Medical and sanitary report of the native army of Madras for the year
Year: 1876
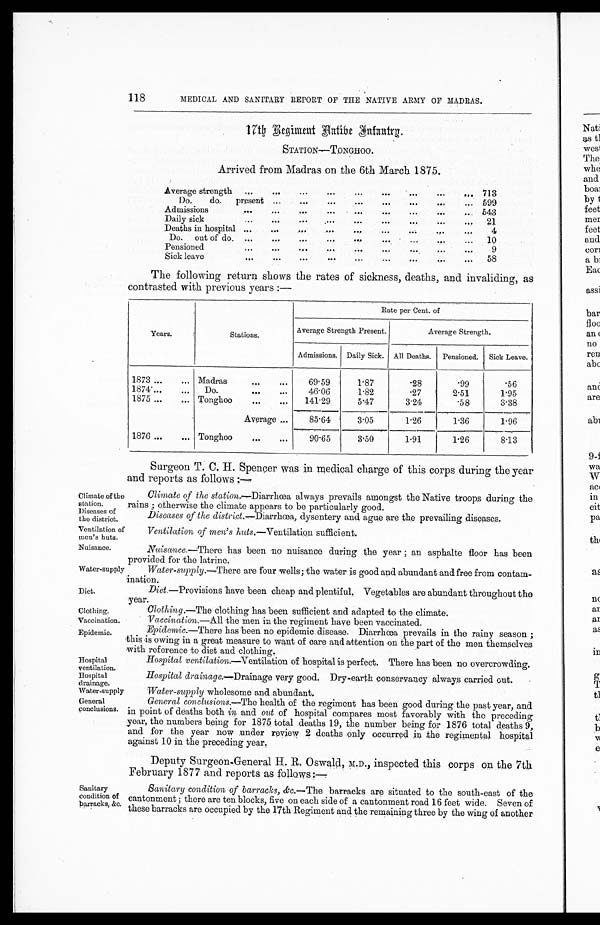
Climate of the s t a t i o n
Diseases of
the district.
Ventilation of
men's huts.
Nuisance.
Diet.
Clothing.
Vacci-nation,
Epidemic.
Hospital
ventilation.
hospital
Water-supply
General
conclusions.
118
MEDICAL AND SANITARY REPORT OF THE NATIVE ARMY OF MADRAS.
17th Regiment Native Infantry.
STATION—TONGHOO.
Arrived from Madras on the 6th March 1875.
Average strength
. . .
. . .
. . .
. . .
. . .
. . .
. . .
. . .
. . .
713
Do.
do..
present
. . .
. . .
. . .
. . .
. . .
. . .
. . .
. . .
599
Admissions
. . .
. . .
. . .
. . .
. . .
. . .
. . .
. . .
. . .
543
Daily sick
. . .
. . .
. . .
. . .
. . .
. . .
. . .
. . .
. . .
21
Deaths in hospital
. . .
. . .
. . .
. . .
. . .
. . .
. . .
. . .
. . .
4
Do. out of do.
. . .
. . .
. . .
. . .
. . .
. . .
. . .
. . .
. . .
10
Pensioned
. . .
. . .
. . .
. . .
. . .
. . .
. . .
. . .
. . .
9
Sick leave
. . .
. . .
. . .
. . .
. . .
. . .
. . .
. . .
. . .
58
The following return shows the rates of sickness, deaths, and invaliding, as
contrasted with previous years :—
Years.
Stations.
Rate per Cent. of
Average Strength Present.
Average Strength.
Admissions. Daily Sick. All Deaths. Pensioned. Sick Leave.
1873... ...
... Madras
... ...
6 9 . 5 9 1.87
. 2 8 .99
. 5 6
1874...
... ...
Do.
... ...
46.06
1.82
.27
2.51
1 . 9 5
1875...
...
... Tonghoo
... ...
141.29
5 . 4 7 3.24
.58
3 . 3 8
Average
...
8 5 . 6 4 3.05
1.26
1 . 3 6 1.96
1876... ...
... Tonghoo
...
...
90.65
3.50
1.91
1.26
8.13
Surgeon T. C. H. Spencer was in medical charge of this corps during the year
and reports as follows
Climate of the station.—Diarrhœa always prevails amongst the Native troops during the
rains ; otherwise the climate appears to be particularly good.
Diseases of the district.—Diarrhœa, dysentery and ague are the prevailing diseases.
Ventilation of men's huts.— Ventilation sufficient .
Nuisance.—There has been no nuisance during the year ; an asphalte floor has been
provided for the latrine.
Water-supply
Water-supply.—There are four -wells ; the water is good and abundant and free from contam-
ination.
Diet—Provisions have been cheap and plentiful. Vegetables are abundant throughout the
year.
Clothing. —The clothing has been sufficient and adapted to the climate.
Vaccination.—All the men in the regiment have been vaccinated.
Epidemic.—There has been no epidemic disease. Diarrhœa prevails in the rainy season ;
this is owing in a great measure to want of care and attention on the part of the men themselves
with reference to diet and clothing.
Hospital ventilation.—Ventilaion of hospital is perfect. There has been no overcrowding.
Hospital drainage.—Drainage very good. Dry-earth conservancy always carried out.
Sanitary
condition of
barrack,
Water-supply wholesome and abundant.
General conclusions. —The health of the regiment has been good during the past year, and
in point of deaths both in and out of hospital compares most favorably with the preceding
year, the numbers being for 1875 total deaths 19, the number being for 1876 total deaths 9,
and for the year now under review 2 deaths only occurred in the regimental hospital
against 10 in the preceding year.
Deputy Surgeon-General H. R. Oswald, M.D., inspected this corps on the 7th
February 1877 and reports as follows:—
Sanitary condition of barracks, &c. —The barracks are situated to the south-east of the
cantonment ; there are ten blocks, five on each side of a cantonment road 16 feet wide. Seven of
these barracks are occupied by the 17th Regiment and the remaining three by the wing of another